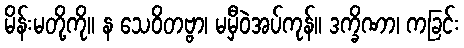
မိန်းမတို့ကို။ န သေဝိတဗ္ဗာ၊ မမှီဝဲအပ်ကုန်။ ဒက္ခိဏာ၊ ကခြင်း